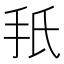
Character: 𫼙